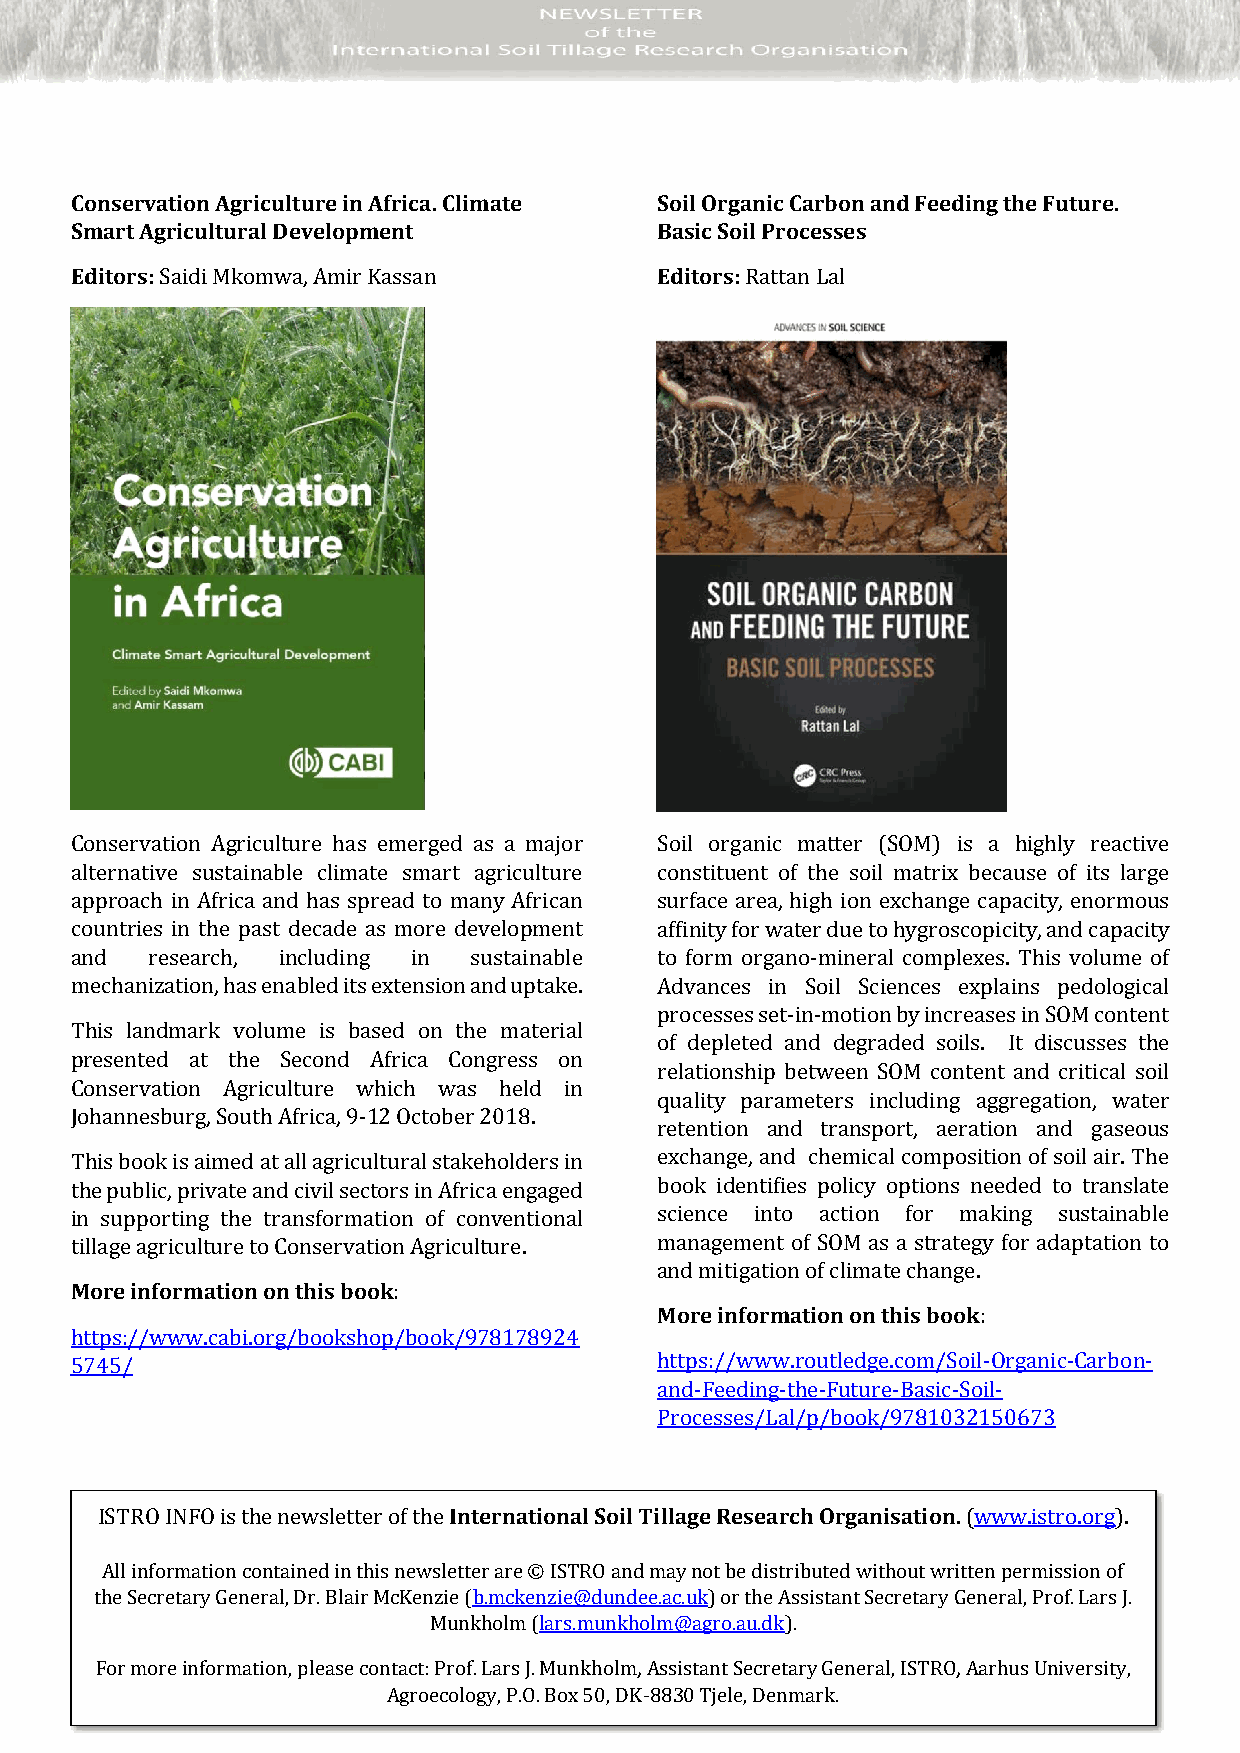
Conservation Agriculture in Africa. Climate Soil Organic Carbon and Feeding the Future.
 Smart Agricultural Development        Basic Soil Processes
 Editors: Saidi Mkomwa, Amir Kassan    Editors: Rattan Lal
 Conservation Agriculture has emerged as a major Soil organic matter (SOM) is a highly reactive
 alternative sustainable climate smart agriculture constituent of the soil matrix because of its large
 approach in Africa and has spread to many African surface area, high ion exchange capacity, enormous
 countries in the past decade as more development affinity for water due to hygroscopicity, and capacity
 and  research, including in sustainable to form organo-mineral complexes. This volume of
 mechanization, has enabled its extension and uptake. Advances in Soil Sciences explains pedological
 processes set-in-motion by increases in SOM content
 This landmark volume is based on the material
 of depleted and degraded soils. It discusses the
 presented at the Second Africa Congress on
 relationship between SOM content and critical soil
 Conservation Agriculture which was held in
 quality parameters including aggregation, water
 Johannesburg, South Africa, 9-12 October 2018.
 retention and transport, aeration and gaseous
 This book is aimed at all agricultural stakeholders in exchange, and chemical composition of soil air. The
 the public, private and civil sectors in Africa engaged book identifies policy options needed to translate
 in supporting the transformation of conventional science into action for making sustainable
 tillage agriculture to Conservation Agriculture. management of SOM as a strategy for adaptation to
 and mitigation of climate change.
 More information on this book:
 More information on this book:
 https://www.cabi.org/bookshop/book/978178924
 5745/                                 https://www.routledge.com/Soil-Organic-Carbon-
 and-Feeding-the-Future-Basic-Soil-
 Processes/Lal/p/book/9781032150673
 ISTRO INFO is the newsletter of the International Soil Tillage Research Organisation. (www.istro.org).
 All information contained in this newsletter are © ISTRO and may not be distributed without written permission of
 the Secretary General, Dr. Blair McKenzie (b.mckenzie@dundee.ac.uk) or the Assistant Secretary General, Prof. Lars J.
 9
 Munkholm (lars.munkholm@agro.au.dk).
 For more information, please contact: Prof. Lars J. Munkholm, Assistant Secretary General, ISTRO, Aarhus University,
 ISTRO INFO December 2021                              www.istro.org
 Agroecology, P.O. Box 50, DK-8830 Tjele, Denmark.